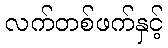
လက်တစ်ဖက်နှင့်